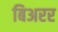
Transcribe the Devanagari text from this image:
बिअरर